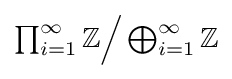
{\textstyle \prod _{i=1}^{\infty }\mathbb {Z} {\Big /}\bigoplus _{i=1}^{\infty }\mathbb {Z} }